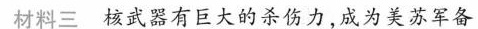
材料三 核武器有巨大的杀伤力，成为美苏军备